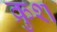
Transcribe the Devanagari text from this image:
क्रुश